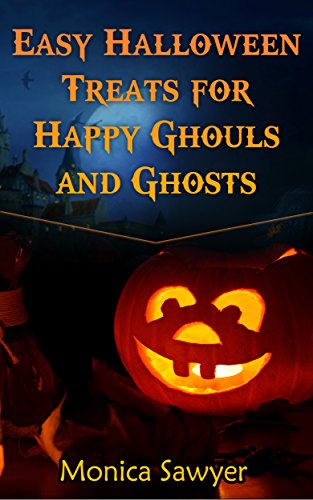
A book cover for Easy Halloween Treats for Happy Ghouls and Ghosts; Monica Sawyer; Cookbooks, Food & Wine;